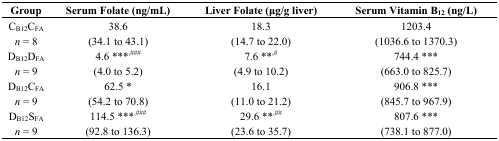
<table><thead><tr><td><b>Group</b></td><td><b>Serum Folate (ng/mL)</b></td><td><b>Liver Folate (μg/g liver)</b></td><td><b>Serum Vitamin B<sub>12</sub> (ng/L)</b></td></tr></thead><tbody><tr><td>C<sub>B12</sub>C<sub>FA</sub></td><td>38.6 </td><td>18.3 </td><td>1203.4 </td></tr><tr><td><i>n</i> = 8</td><td>(34.1 to 43.1)</td><td>(14.7 to 22.0)</td><td>(1036.6 to 1370.3)</td></tr><tr><td>D<sub>B12</sub>D<sub>F</sub><sub>A</sub></td><td>4.6 ***<sup>,###</sup></td><td>7.6 **<sup>,#</sup></td><td>744.4 *** </td></tr><tr><td><i>n</i> = 9</td><td>(4.0 to 5.2)</td><td>(4.9 to 10.2)</td><td>(663.0 to 825.7)</td></tr><tr><td>D<sub>B12</sub>C<sub>FA</sub></td><td>62.5 * </td><td>16.1 </td><td>906.8 *** </td></tr><tr><td><i>n</i> = 9</td><td>(54.2 to 70.8)</td><td>(11.0 to 21.2)</td><td>(845.7 to 967.9)</td></tr><tr><td>D<sub>B12</sub>S<sub>FA</sub></td><td>114.5 ***<sup>,###</sup></td><td>29.6 **<sup>,##</sup></td><td>807.6 *** </td></tr><tr><td><i>n</i> = 9</td><td>(92.8 to 136.3)</td><td>(23.6 to 35.7)</td><td>(738.1 to 877.0)</td></tr></tbody></table>